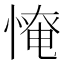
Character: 𢞷